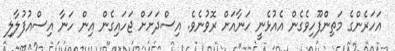
އަހަރެންގެ މަތިންފޫހިވެގެން އެއުޅެނީ ހަނާއަށް ރޮވުނެވެ. އިސްދަށަށް ޖަހައިގެން އިން ހަނާ އިސްއުފުލާލި